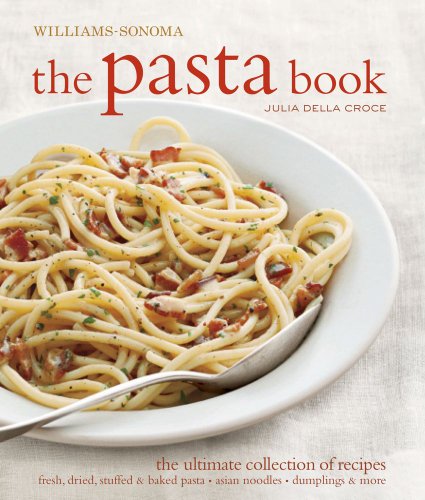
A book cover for The Pasta Book (Williams-Sonoma); Julia Della Croce; Cookbooks, Food & Wine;